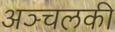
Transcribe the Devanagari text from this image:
अञ्चलकी